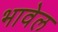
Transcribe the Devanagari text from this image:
भावेल